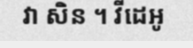
វា សិន ។ វីដេអូ